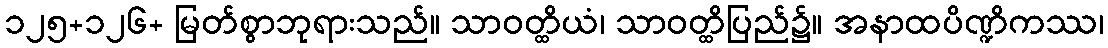
၁၂၅+၁၂၆+ မြတ်စွာဘုရားသည်။ သာဝတ္ထိယံ၊ သာဝတ္ထိပြည်၌။ အနာထပိဏ္ဍိကဿ၊